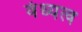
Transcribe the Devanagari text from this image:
वंध्यत्व